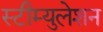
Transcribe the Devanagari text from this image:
स्टीम्युलेशन